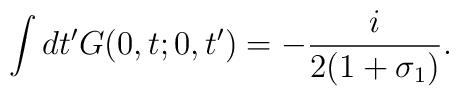
\int dt'G(0,t ;0,t')=-\frac{i}{2(1+\sigma_{1})}.